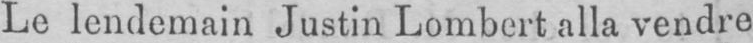
Le lendemain Justin Lombert alla vendre